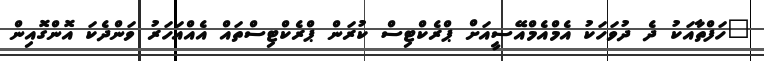
"ހަފްތާއަކު ދެ ދުވަހަކު އެމްއެމްއޭސީއަށް ޕްރެކްޓިސް ކުރަން ޕްރެކްޓިސްތައް އެއްއަހަރު ވަންދެކަ އޮންގޮއިން